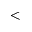
<